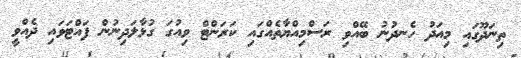
ތިނަދޫގައި މިއަދު ހެނދުނު ބޭއްވި ރަސްމިއްޔާތެއްގައި ކަރަންޓް ވިއުގަ ގުޅާލަދިނުން ފައްޓަވައި ދެއްވީ